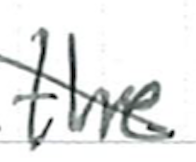
Text: the
Cross-out: diagonal
Writing tool: ballpoint